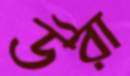
উরা